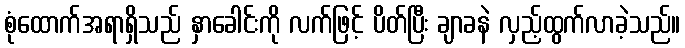
စုံထောက်အရာရှိသည် နှာခေါင်းကို လက်ဖြင့် ပိတ်ပြီး ချာခနဲ လှည့်ထွက်လာခဲ့သည်။